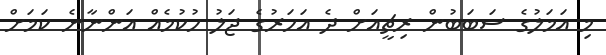
މި އަމަލުގެ ސަބަބުން ރިޗީއަށް ދެ އަހަރުގެ ޖަލު ހުކުމެއް އަންނާނެ ކަމަށް